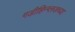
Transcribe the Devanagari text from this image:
गडीहिन्ग्लजच्या